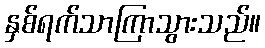
နှစ်ရက်သာကြာသွားသည်။